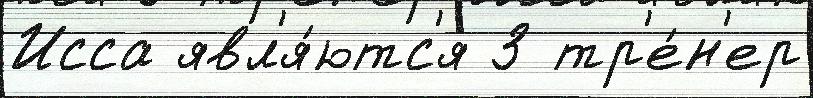
Исса явл'я́ютс'я З тр'е́н'ер